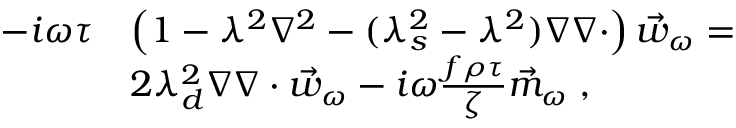
\begin{array} { r l } { - i \omega \tau } & { \left( 1 - \lambda ^ { 2 } \nabla ^ { 2 } - ( \lambda _ { s } ^ { 2 } - \lambda ^ { 2 } ) \nabla \nabla \cdot \right) \vec { w } _ { \omega } = } \\ & { 2 \lambda _ { d } ^ { 2 } \nabla \nabla \cdot \vec { w } _ { \omega } - i \omega \frac { f \rho \tau } { \zeta } \vec { m } _ { \omega } \; , } \end{array}